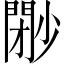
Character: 𡮩